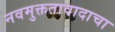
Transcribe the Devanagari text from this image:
नवमुक्ततावादाचा